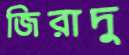
জিরাদু